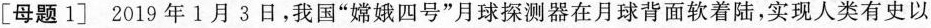
[母题1]2019年1月3日，我国”嫦娥四号”月球探测器在月球背面软着陆，实现人类有史以